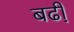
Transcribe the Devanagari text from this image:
बढी़